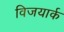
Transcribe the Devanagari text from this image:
विजयार्क